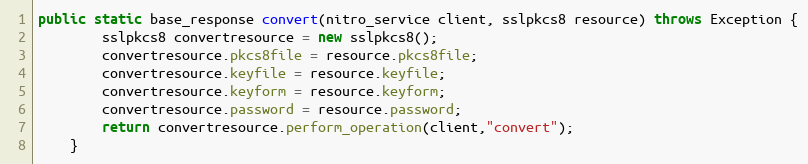
Language: Java
public static base_response convert(nitro_service client, sslpkcs8 resource) throws Exception {
		sslpkcs8 convertresource = new sslpkcs8();
		convertresource.pkcs8file = resource.pkcs8file;
		convertresource.keyfile = resource.keyfile;
		convertresource.keyform = resource.keyform;
		convertresource.password = resource.password;
		return convertresource.perform_operation(client,"convert");
	}